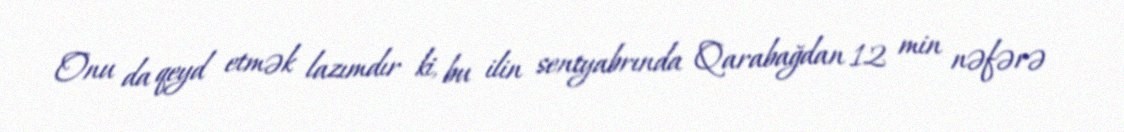
Onu da qeyd etmək lazımdır ki, bu ilin sentyabrında Qarabağdan 12 min nəfərə